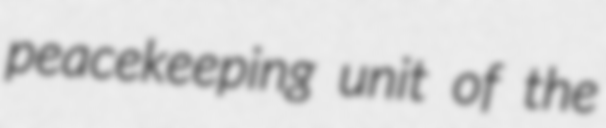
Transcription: peacekeeping unit of the